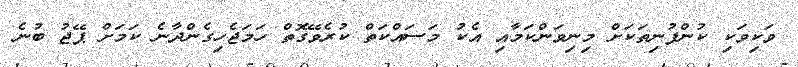
ވަކިވަކި ކުންފުނިތަކަށް މިނިވަންކަމާއި އެކު މަސައްކަތް ކުރެވޭގޮތް ހަަމަޖެހިގެންދާނެ ކަމަށް ޕޭޖު ބުނެ